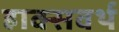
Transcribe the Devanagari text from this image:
हाक्सवर्थ